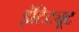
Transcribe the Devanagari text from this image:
इंटिट्यूट